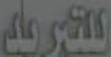
للتعريد